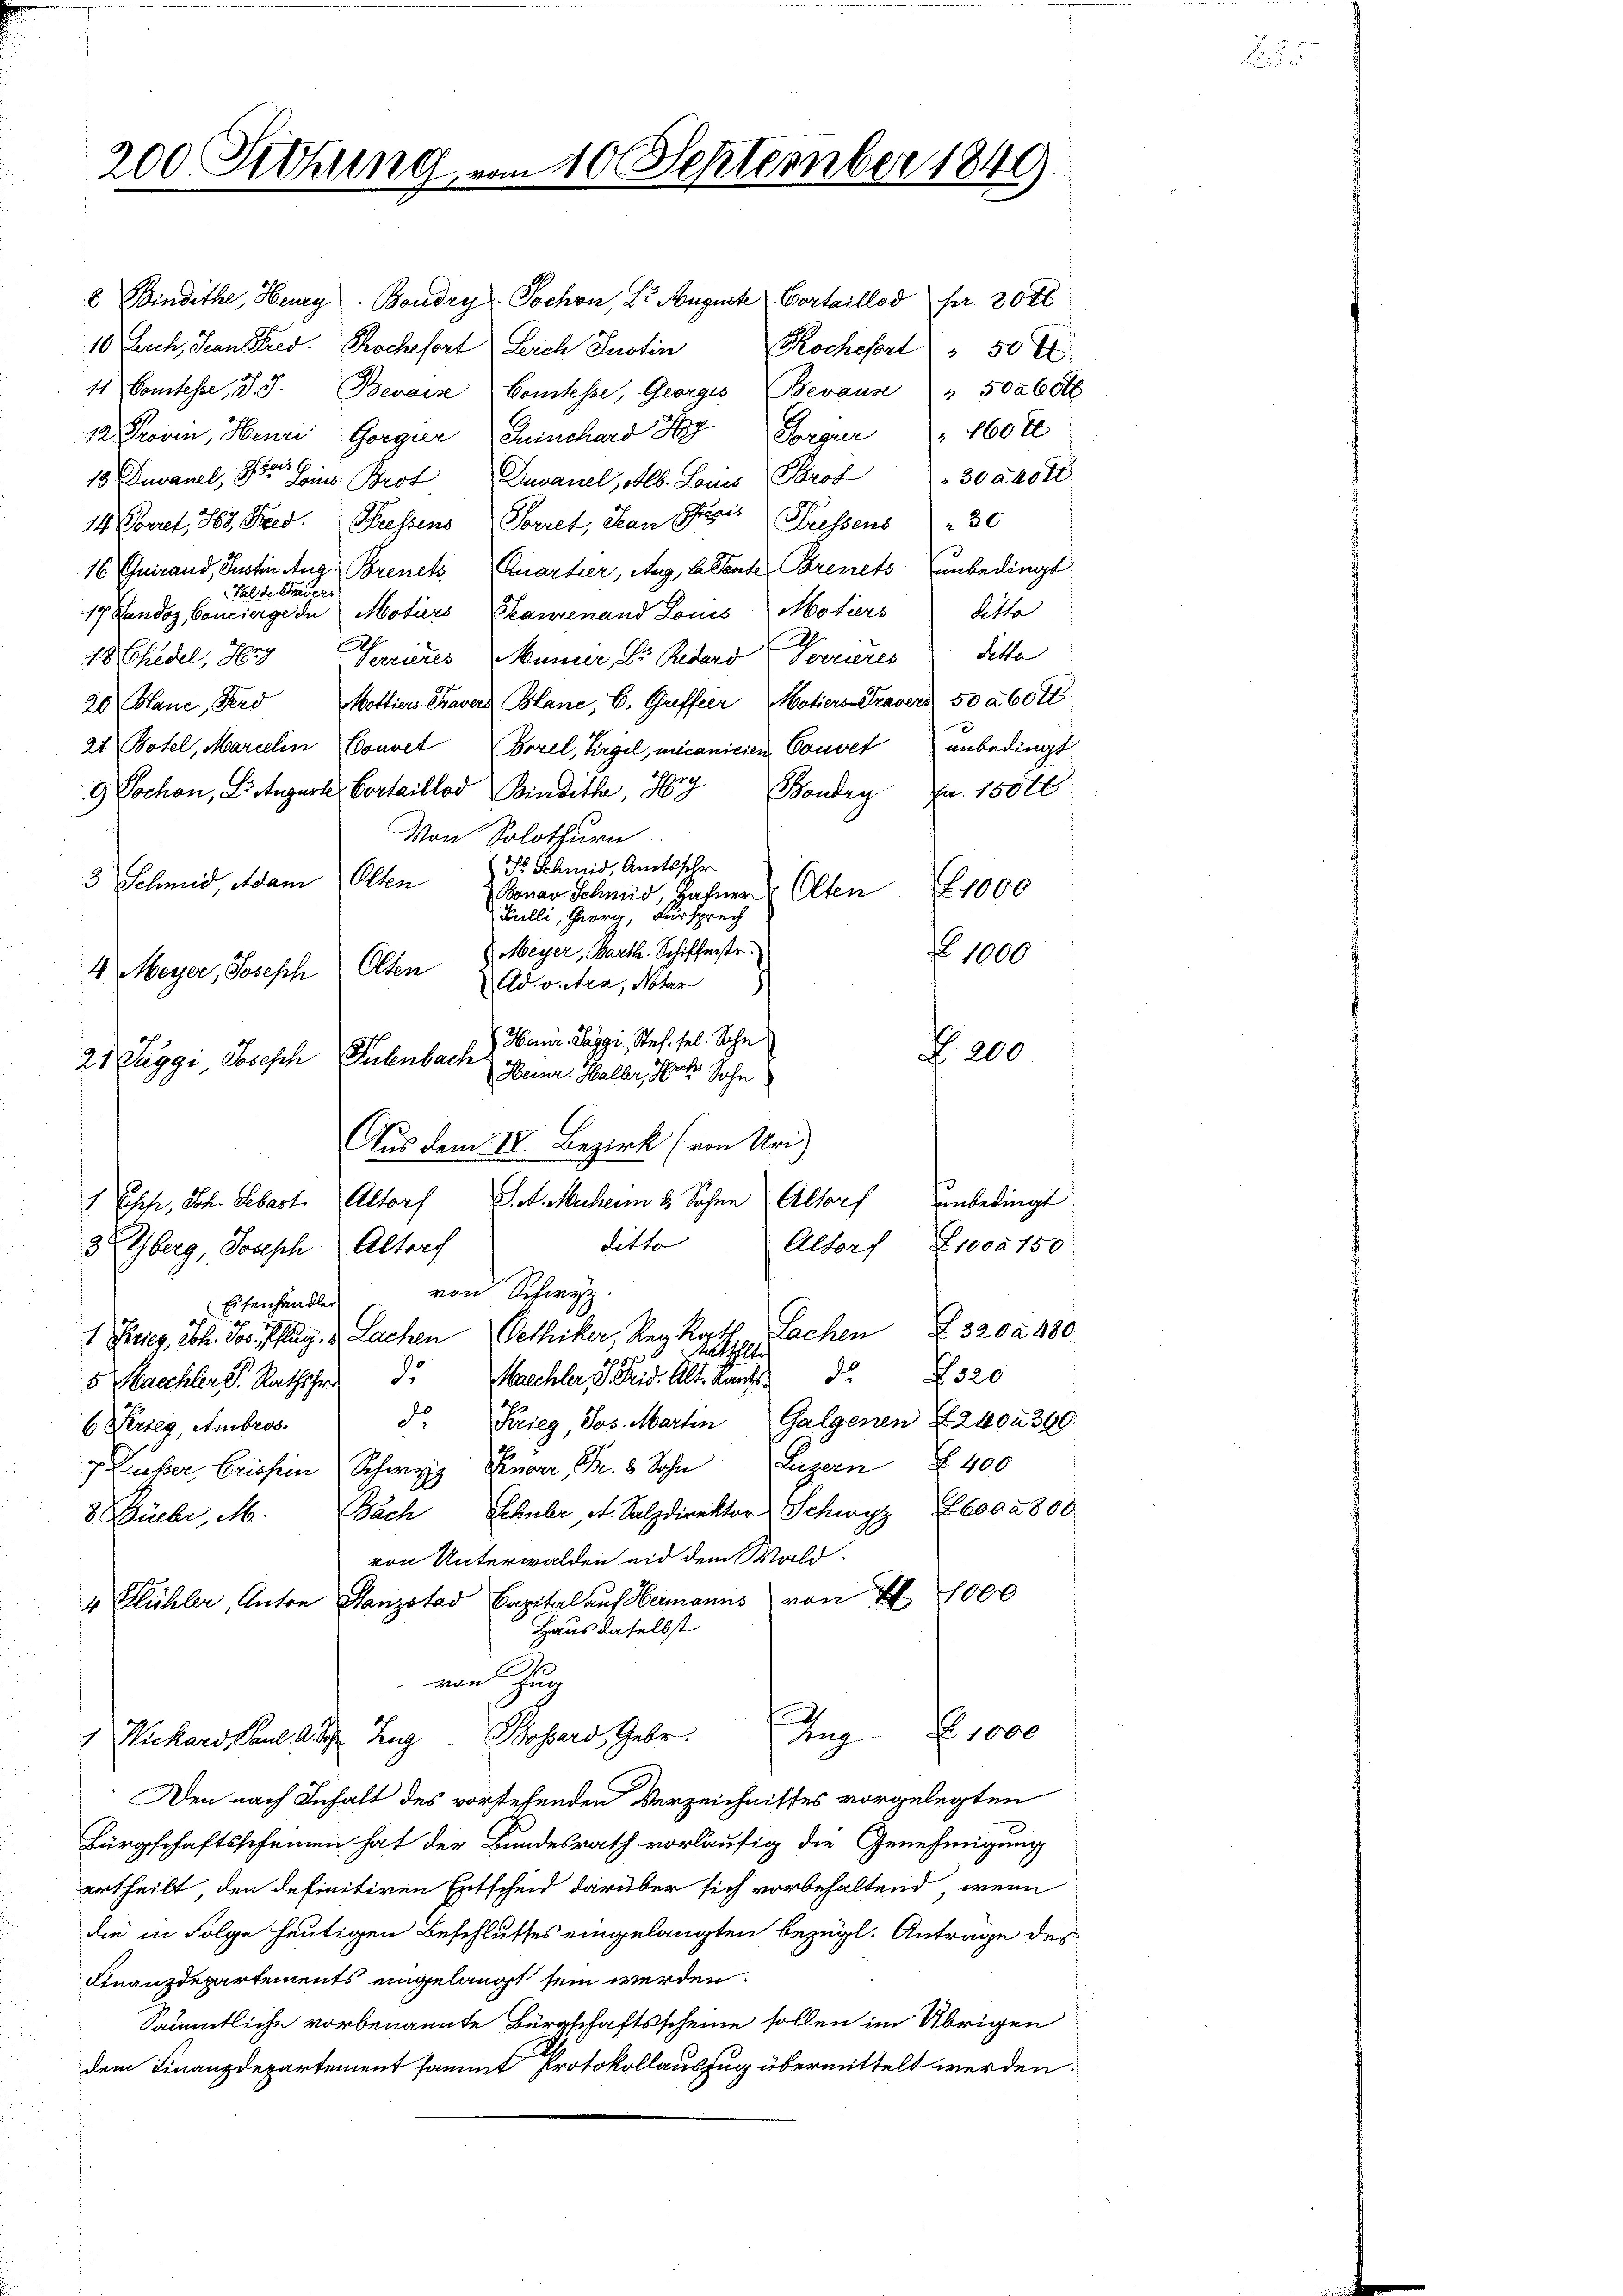
8 Bindethe, Heurg. Boudry-Sochon, Dr. August Portaillod Fr. 30 x
10 Lach, Senn Stied. Rochefort Leich Justin
Kochesart. 50 x
11 Comtesse, d. J. Bevoise Comtesse, Georges Beraus " 50260
12 Proven, Heure Gorgier Quinchard KyForger  "  160 x
18 Duvanel, der Leines Brot Devanel, Alb. Lanio Prof 30 adott
14 Vorel, Hr. Stres. Fressens Forret, Han Preis Wassens 30
16 Quirand, Justin Aug. Brenetz Quartier, Aug, betenter Brenets unbedingt
Halde Tavers
17. Lando Concierge de Motiers Sanenand Louis Motiers Ritte
.
18 Ehedel, Hry
Serrieres Mumier, Dr. Reders Vorrieres Petta
20 Hane, Ferd Mottiers Travers Blanc, E. Greffier Motiers Gravers 50 a 60 fl.
2t Botel, Marielin Convet, Borel, Virgil, micanicien Couvet anbedingt
9 Jochon, Litugurke Cortaillod Bindith, 89
Boudry Fr. 15000
Von Solothurn
Dr. Schmid, Amtsschr
3 Schmid, Adam Olten
Bonav. Schmid, Hafner Olten
Bulli, Georg, Fürsprech
Meyer, Barth. Schifferstr.
Olten
4 Meyer, Joseph
Advetia, Notar
Hainr. Paggi, Stef. sel. Sohn
21 Taggi Joseph
Rubenbach Heinr. Halber, als Sohn
Aus dem IV. Bezirk (von Uri)
St. Muherm 8. Sohne Altorf unbedingt
1 Ehofe, Joh. Sebast. Altorf
ditto
Altorf 1000 150
3 Oberg, Joseph Altorf
von Schwyz.
Eisenhandler
 3200. 480
1 Stieg, Sch. Jos. Pflug u. Sachen Gethiker, Reg. Rath Sachen
Alte
5 Saechler P. Rathshr. Marchler, S. Frid. Alt. kant. 2320
d. Krieg, Jos. Martin Galgenen § 240 396.
6 Perieg, Ambros.
 Huber, Griesen Schweiz. Gener, Fr. 2 Sohn Luzern § 400
Bach Schuber, A. Salzdirektor Schwyz Eboda 800
8 Büche, M.
von Unterwalden aid dem Wald.
von I 1000
4 Flühler, Anton Hanzstad Capital auf Hermanns
Haus daselbst
von Zug
No. 1000
Tag
1 Michard Paul. A. Schr. Zug Bossard, Gebr.
Den nach Inhalt des vorstehenden Verzeichnisses vorgelegten
Bürgschaftsscheinen hat der Bundesrath vorläufig die Genehmigung
ertheilt, den definitiven Entscheid darüber sich vorbehaltend, wenn
die in Folge heutigen Beschlusses eingelangten bezügl. Antrage des
Finanzdepartements eingelangt sein werden.
Sämmtliche vorbenannte Bürgschaftsscheine sollen im Übrigen
dem Finanzdepartement sammt Protokollauszug übermittelt werden.

200. Sitzung vom 10 September 1849.

1000
f 1000

Z. 200